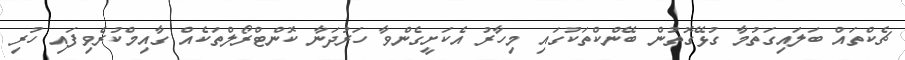
ޗެކްތައް ބަލައިގަތުމާ ގުޅޭގޮތުން ބޭންކްތަކުގައި މިހާރު އެކަށީގެންވާ ހަރުދަނާ ކޮންޓްރޯލްތަކެއް ގާއިމްކުރެވިފައި ހުރި